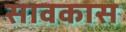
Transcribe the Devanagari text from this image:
सावकास